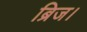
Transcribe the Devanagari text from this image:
ब्रिज।